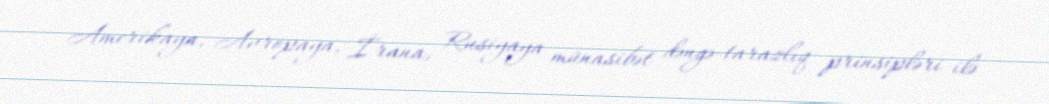
Amerikaya, Avropaya, İrana, Rusiyaya münasibət dəngə-tarazlıq prinsipləri ilə